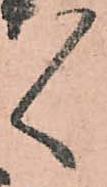
々